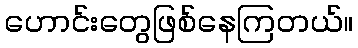
ဟောင်းတွေဖြစ်နေကြတယ်။